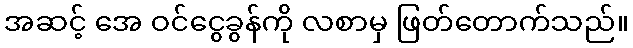
အဆင့် အေ ဝင်ငွေခွန်ကို လစာမှ ဖြတ်တောက်သည်။